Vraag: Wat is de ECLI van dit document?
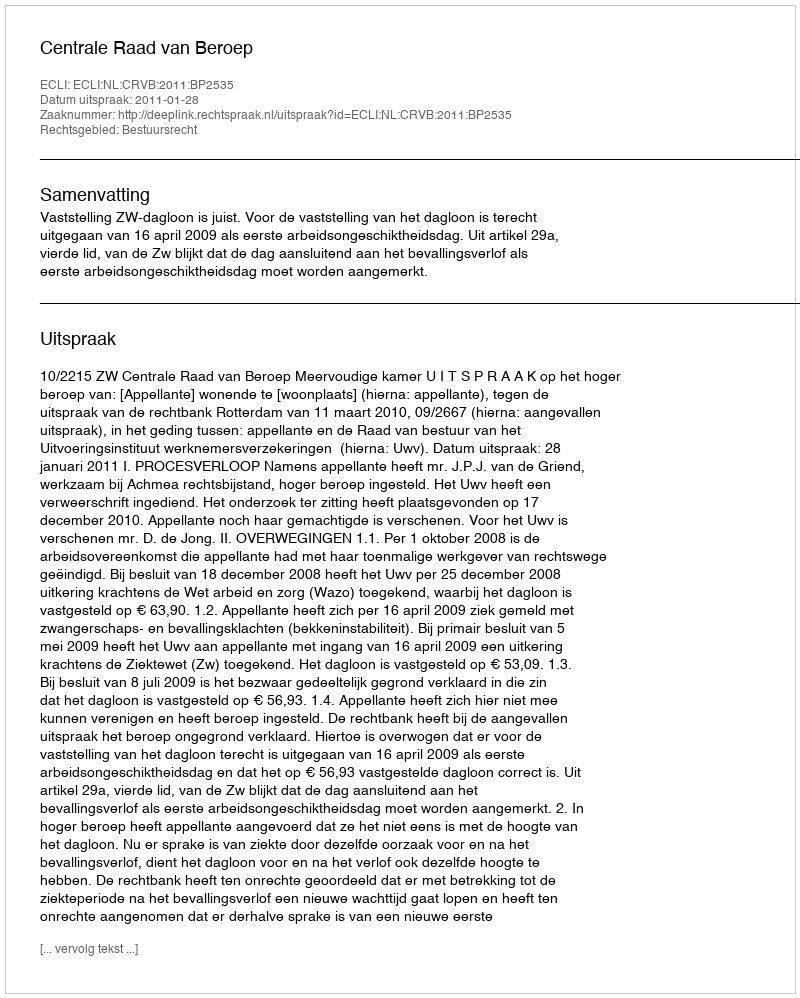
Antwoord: ECLI:NL:CRVB:2011:BP2535